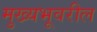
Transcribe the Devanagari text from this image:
मुख्यभूवरील